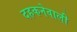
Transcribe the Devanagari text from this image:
दहकनेवाली